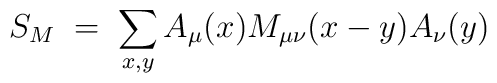
S_{M}\;=\; \sum_{x,y} A_\mu (x) M_{\mu\nu}(x-y) A_\nu (y)